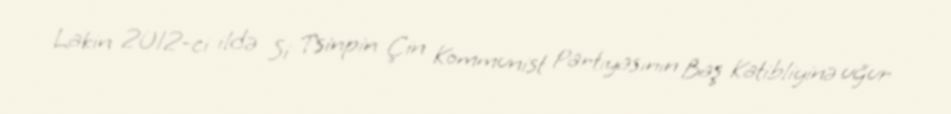
Lakin 2012-ci ildə Si Tsinpin Çin Kommunist Partiyasının Baş Katibliyinə uğur